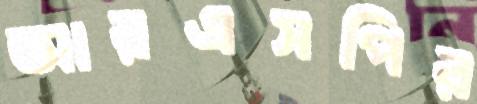
আরএসপির